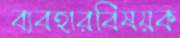
ব্যবহারবিষয়ক